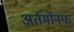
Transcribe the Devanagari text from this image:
अर्तमोनफ़